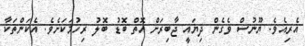
އެރިއެވެ. ޔޫނުސް ވެގެން ދިޔައީ ޖާބިރަށް އޮތް ބޮޑު ބޮލު ރިހުމަކަށެވެ. އެކަންތަކާ